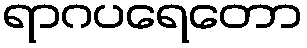
ရာဂပရေတော